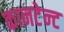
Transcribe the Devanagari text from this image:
कानटेन्‍ट